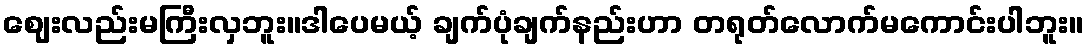
ဈေးလည်းမကြီးလှဘူး။ဒါပေမယ့် ချက်ပုံချက်နည်းဟာ တရုတ်လောက်မကောင်းပါဘူး။